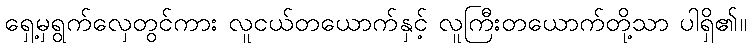
ရှေ့မှရွက်လှေတွင်ကား လူငယ်တယောက်နှင့် လူကြီးတယောက်တို့သာ ပါရှိ၏။